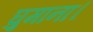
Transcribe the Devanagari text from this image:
घुमाना।